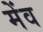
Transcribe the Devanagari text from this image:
मेंव